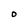
Character: o